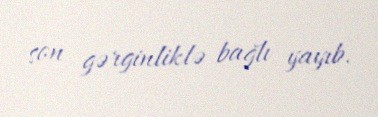
son gərginliklə bağlı yayıb.